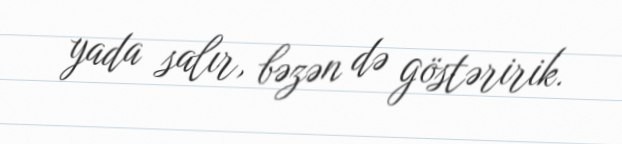
yada salır, bəzən də göstəririk.